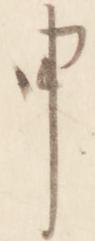
申